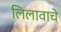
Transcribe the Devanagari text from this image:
लिलावाचे